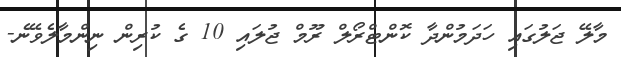
މާލޭ ޖަލުގައި ހަދަމުންދާ ކޮންޓްރޯލް ރޫމް ޖުލައި 10 ގެ ކުރިން ނިންމާލެވޭނެ-